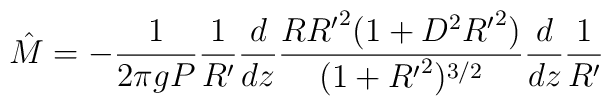
{\hat M}=-\frac{1}{2\pi gP}\frac{1}{R^{\prime}}\frac{d}{dz}\frac{R{R^{\prime}}^2(1+D^2{R^{\prime}}^2)}{(1+{R^{\prime}}^2)^{3/2}}\frac{d}{dz}\frac{1}{R^{\prime}}